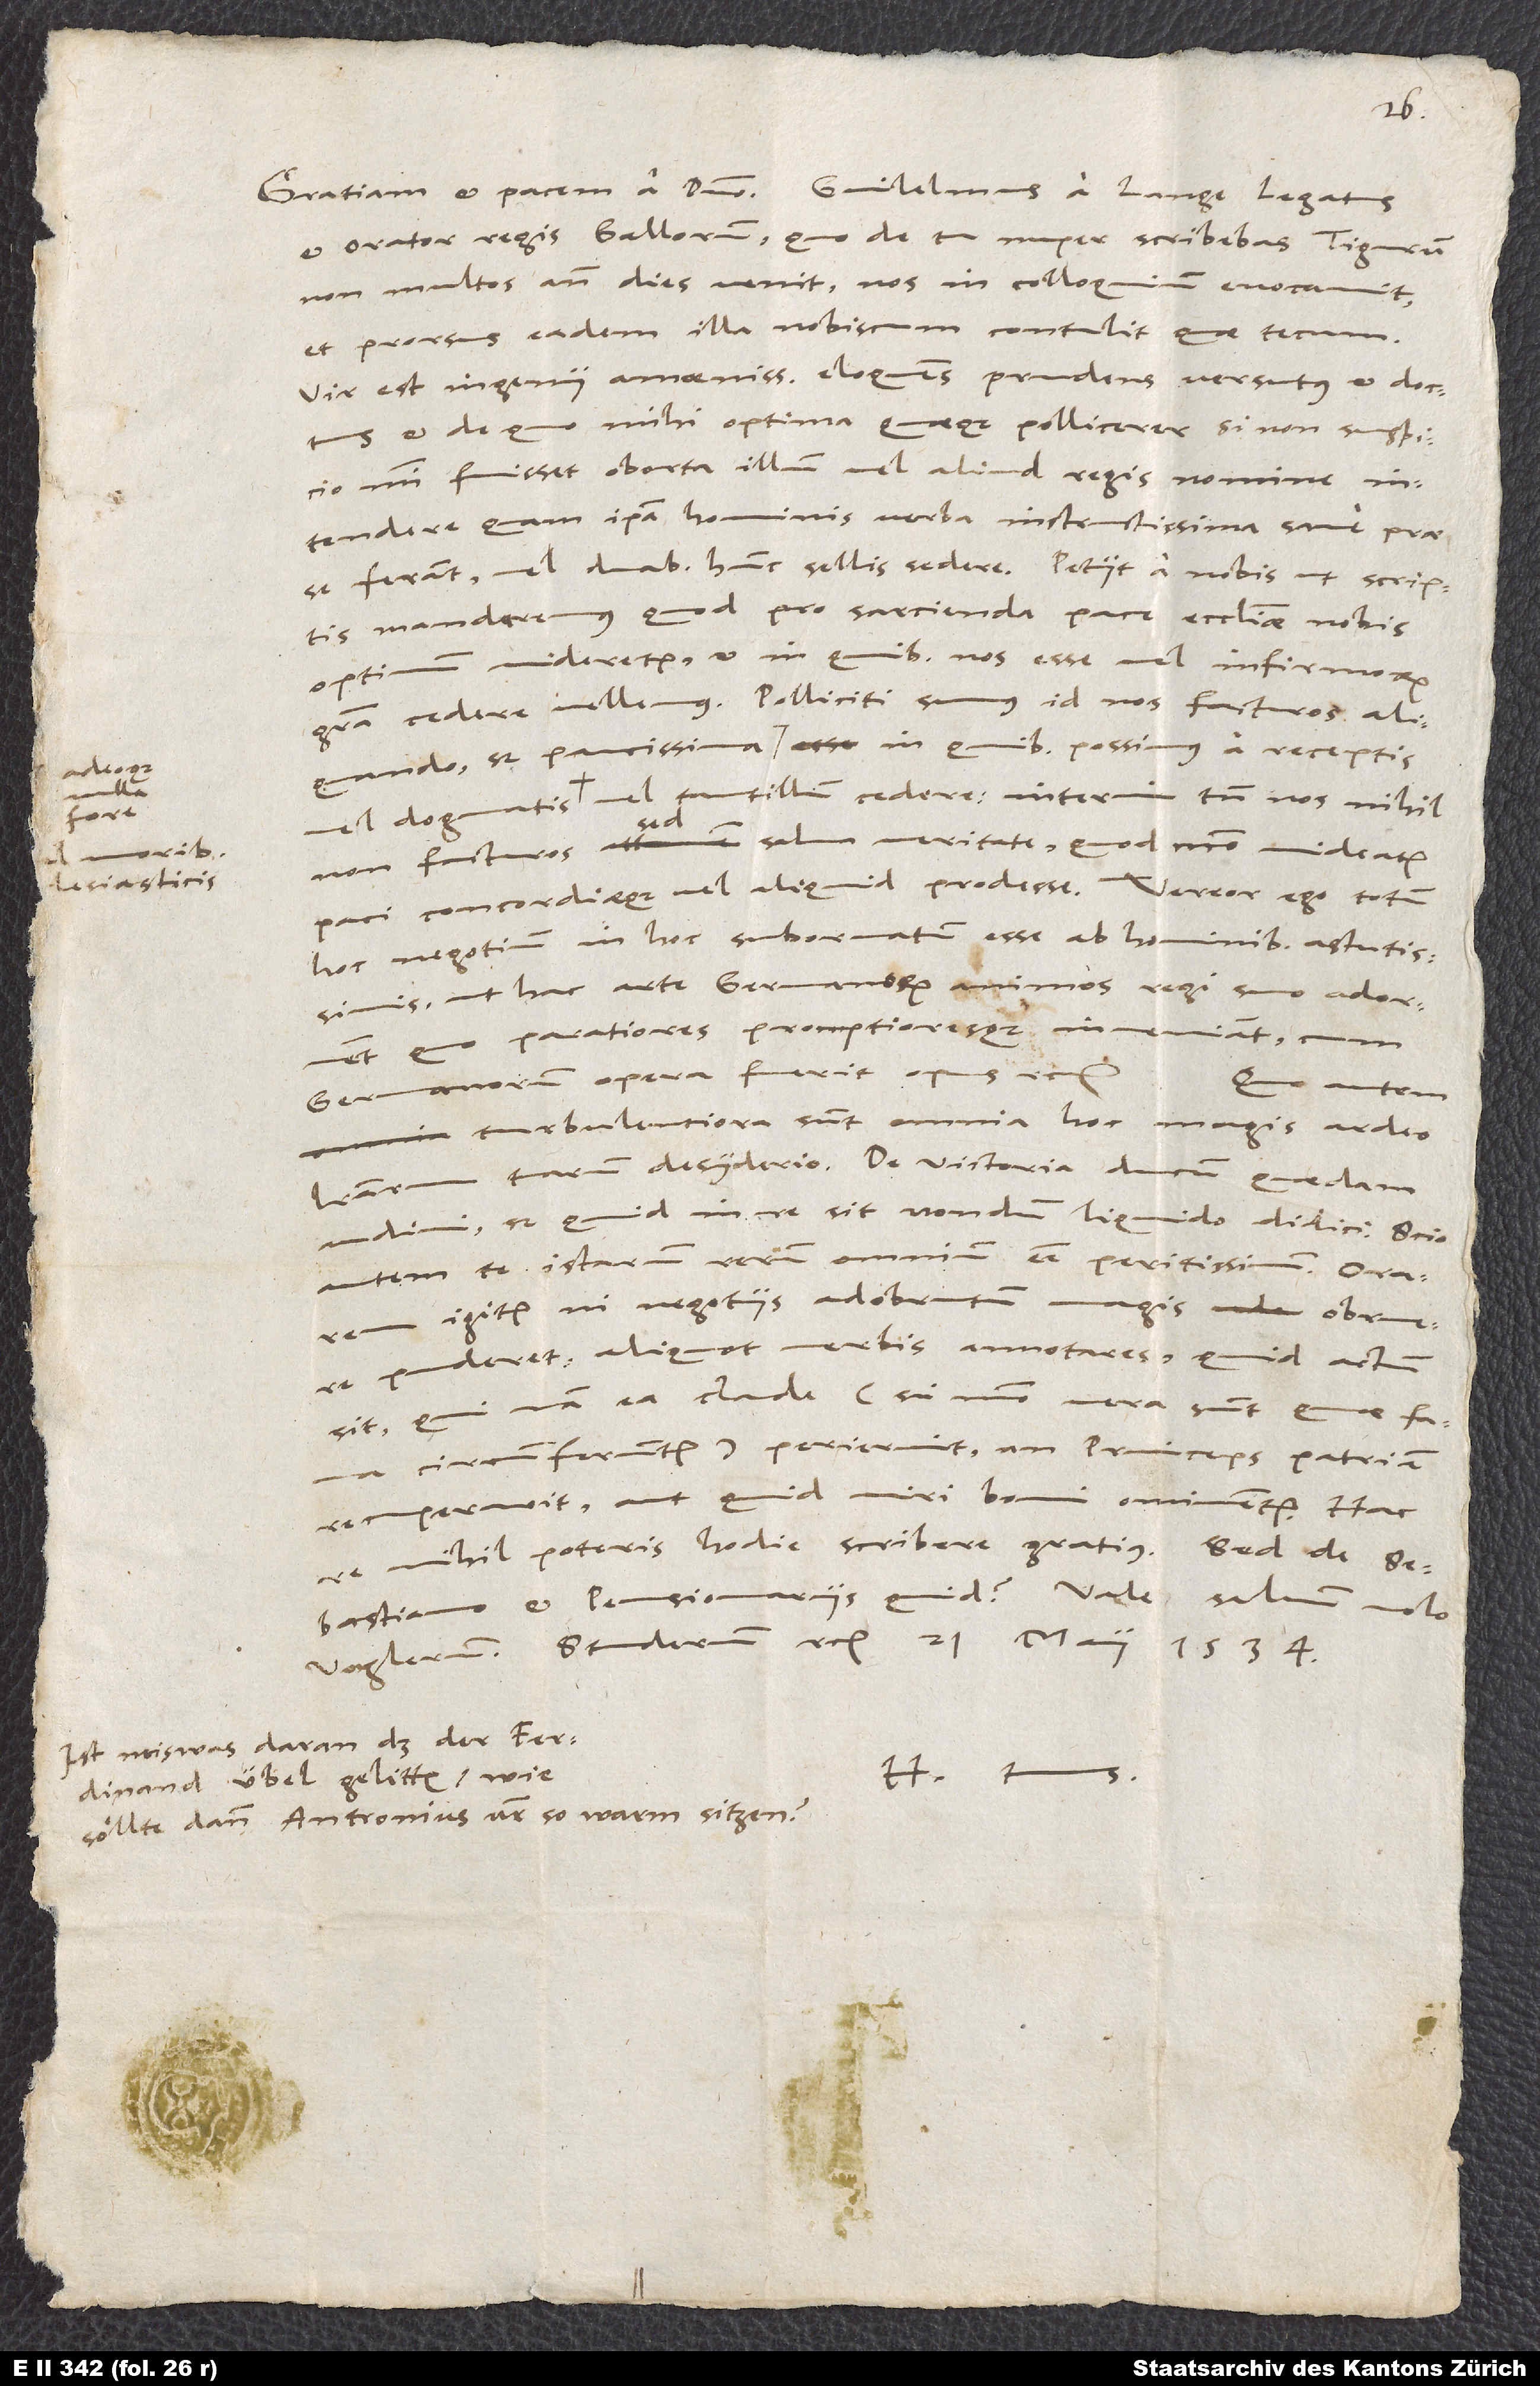
et orator regis Gallorum quo de tu nuper scribebas, Tigurum
non multos ante dies venit, nos in colloquium evocavit
et prorsus eadem illa nobiscum contulit, quae tecum.
Vir est ingenii amoenissimi, eloquens, prudens, versutus et doctus
et de quo mihi optima quaeque pollicerer, si non suspicio
mihi fuisset oborta illum vel aliud regis nomine
intendere, quam ipsa hominis verba instructissima sane prae
se ferant, vel duabus hunc sellis sedere. Petiit a nobis, ut scriptis
mandaremus, quod pro sarcienda pace ecclesiae nobis
optimum videretur et in quibus nos esse vel infirmorum
gratia cedere vellemus. Polliciti sumus id nos facturos aliquando,
adeoque
vel dogmatis clesiasticis vel tantillum cedere. Interim tamen nos nihil
fore
sed
non facturos, sed salva veritate quod modo videatur
paci concordiaeque vel aliquid prodesse. Vereor ego totum
hoc negotium in hoc subornatum esse ab hominibus astutissimis,
ut hac arte Germanorum animos regi suo adornent,
quo paratiores promptioresque inveniant, cum
Germanorum opera fuerit opus etc.
turbulentiora sunt omnia hoc magis ardeo
literarum tuarum desyderio. De victoria ducum quaedam
audivi, sed quid in re sit, nondum liquido didici. Scio
istarum rerum omnium esse peritissimum. Orarem
igitur, ni negotiis adobrutum magis obruere
puderet, aliquot verbis annotares, quid actum
sit, quinam ea clade - si modo vera sunt, quae fama
circumferuntur - perierint, an princeps patriam
recuperarit aut quid viri boni ominentur. Hac
nihil poteris hodie scribere gratius. Sed de Sebastiano
Ist neiswas daran, das der Ferdinand
H. tuus.
übel gelitten, wie
söllte dann Antronius vester so warm sitzen?